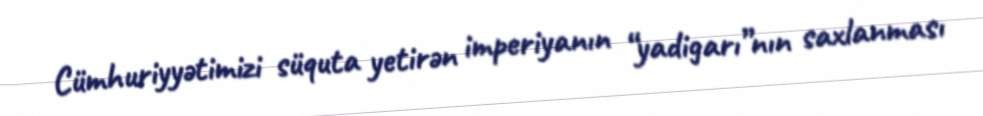
Cümhuriyyətimizi süquta yetirən imperiyanın “yadigarı”nın saxlanması